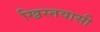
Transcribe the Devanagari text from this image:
ख्रिस्तवासी